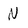
Character: N